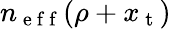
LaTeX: n_{\mathrm{~e~f~f~}}(\rho+x_{\mathrm{~t~}})